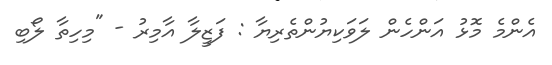
އެންމެ މޮޅު އަންހެން ލަވަކިޔުންތެރިޔާ : ފަޒީލާ އާމިރު - "މިހިތާ ލޯބި